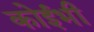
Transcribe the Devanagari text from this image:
कोईभी